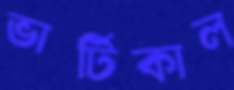
ভার্টিকাল